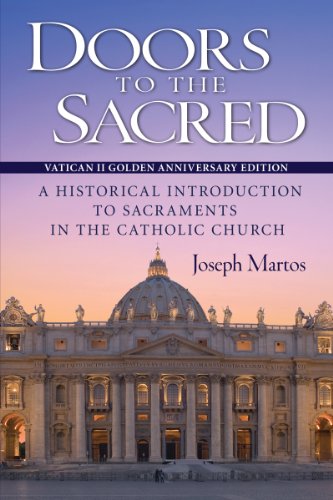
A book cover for Doors to the Sacred: A Historical Introduction to Sacraments in the Catholic Church; Joseph Martos; Christian Books & Bibles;